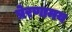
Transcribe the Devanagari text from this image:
प्रेरणामय